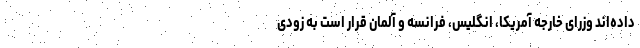
داده‌اند وزرای خارجه آمریکا، انگلیس، فرانسه و آلمان قرار است به زودی